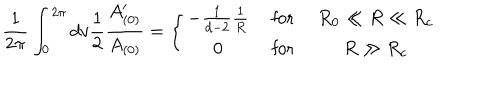
\frac { 1 } { 2 \pi } \int _ { 0 } ^ { 2 \pi } d v \frac { 1 } { 2 } \frac { A _ { ( 0 ) } ^ { \prime } } { A _ { ( 0 ) } } = \left\{ \begin{array} { c c c } { { - \frac { 1 } { d - 2 } \frac { 1 } { R } } } & { { \mathrm { ~ f o r ~ } } } & { { R _ { 0 } \ll R \ll R _ { c } } } \\ { { 0 } } & { { \mathrm { ~ f o r ~ } } } & { { R \gg R _ { c } } } \\ \end{array} \right.